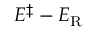
E ^ { \ddagger } - E _ { \mathrm { R } }